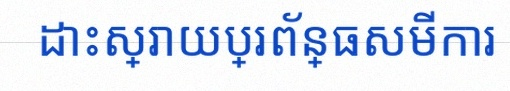
ដោះស្រាយប្រព័ន្ធសមីការ